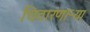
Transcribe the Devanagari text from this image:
चितारणाऱ्या